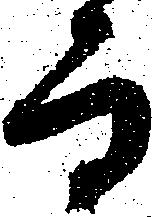
而